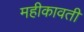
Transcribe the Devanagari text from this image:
महीकावती